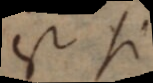
est si